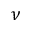
\nu